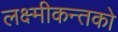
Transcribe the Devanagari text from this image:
लक्ष्मीकन्तको